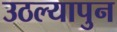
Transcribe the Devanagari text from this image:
उठल्यापुन